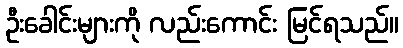
ဦးခေါင်းများကို လည်းကောင်း မြင်ရသည်။